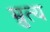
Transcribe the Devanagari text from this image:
म्रुत्य